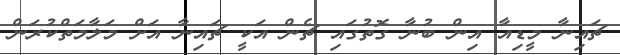
ޗައިނާ މީޑިއާ އިން ބުނާ ގޮތުގައި ޗެން އަކީ ޗައިނާ އަށް މަލާމަތްކުރަން